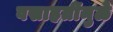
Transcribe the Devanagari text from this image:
वसाहतींमुळे